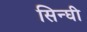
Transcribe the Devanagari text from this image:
सिन्घी